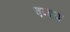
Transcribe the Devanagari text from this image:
वव्यय